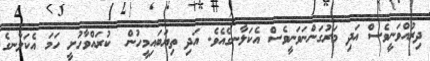
ދިރުއްވަނީވެސް އަދި މަރުގަންނަވަނީވެސް އެކަލާނގެއެވެ. އަދި ތިޔަބައިމީހުން  ކުރައްވާހުށީ ހަމަ އެކަލާނގެ